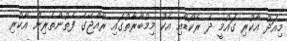
މިއަދު އާކުރި ގައުމީ ދެ ރެކޯޑާއި އެކު މިމުބާރާތުގައި ރާއްޖޭގެ ފެތުންތެރިން އާކުރި